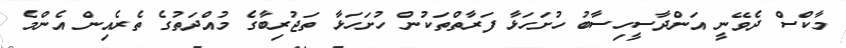
މާކްސް ދެވޭނީ އަންދާސީހިސާބު ހުށަހަޅާ ފަރާތްތަކުން ހުށަހަޅާ ތަޖުރިބާގެ މުއްދަތުގެ ތެރެއިން އެންމެ